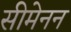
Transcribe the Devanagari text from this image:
सीमेनन